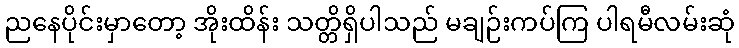
ညနေပိုင်းမှာတော့ အိုးထိန်း သတ္တိရှိပါသည် မချဉ်းကပ်ကြ ပါရမီလမ်းဆုံ